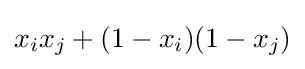
x_{i}x_{j}+(1-x_{i})(1-x_{j})